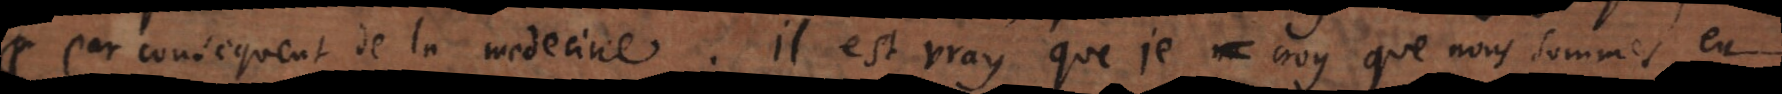
par consequent de la medecine. Il est vray que je croy que nous sommes en